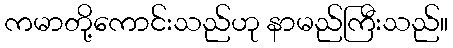
ကမာတို့ကောင်းသည်ဟု နာမည်ကြီးသည်။